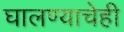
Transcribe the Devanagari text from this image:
घालण्‍याचेही